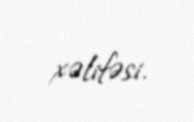
xəlifəsi.